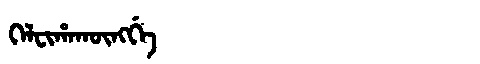
Manchu: ᡴᡝᠯᠸᡳᡥᠠᡴᡡᠩᡤᡝ
Romanization: KELFIHAKŪNGGE